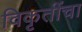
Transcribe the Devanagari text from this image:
विकृतींचा